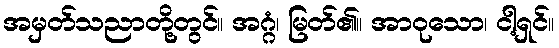
အမှတ်သညာတို့တွင်။ အဂ္ဂံ၊ မြတ်၏။ အာဝုသော၊ ငါ့ရှင်။